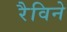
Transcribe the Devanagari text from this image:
रैविने